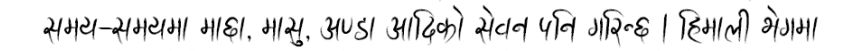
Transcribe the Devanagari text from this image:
समय-समयमा माछा, मासु, अण्डा आदिको सेवन पनि गरिन्छ । हिमाली क्षेत्रमा